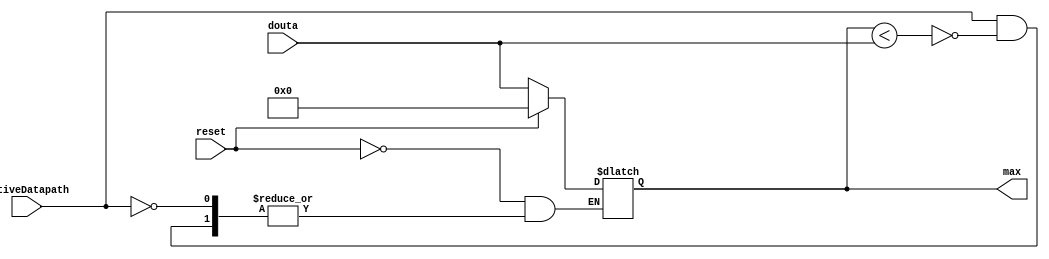
`timescale 1ns / 1ps


module Comparador_FindMax(ActiveDatapath, max, douta, reset);

//activeDatapath: Viene del FSM y es el que me activa para buscar un max
//max: El valor maximo
//douta: Es el valor que me llega de memoria y lo comparo con el valor max anterior


//inputs
input ActiveDatapath, reset;
input [15:0] douta;

//outputs
output reg [15:0] max;

   
always @ (douta, reset, ActiveDatapath)
    begin
        if(reset)
           begin
            max <= 0;
           end
        else if(ActiveDatapath)
            begin
                if(max < douta)
                     max <= douta;
            end      
    end

endmodule